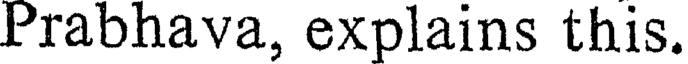
Prabhava, explains this.